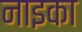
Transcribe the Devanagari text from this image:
नाइका